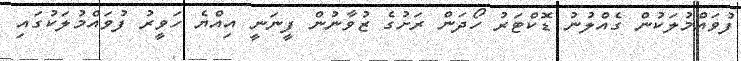
ފުވައްމުލަކުން ގެއްލުނު ޑޮކްޓަރު ހޯދަން ރަށުގެ ޒުވާނުން ފީނަނީ އިއްޔެ ހަވީރު ފުވައްމުލަކުގައި